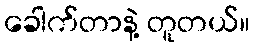
ခေါက်တာနဲ့ တူတယ်။